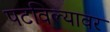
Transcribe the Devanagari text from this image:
पटविल्यावर